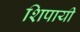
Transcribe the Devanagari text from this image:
शिपायी